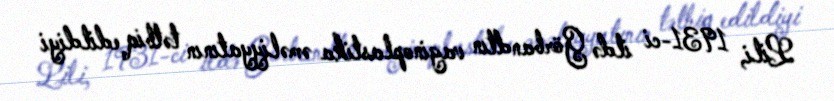
Lili, 1931-ci ildə Görbandtın vaginoplastika əməliyyatının tətbiq edildiyi